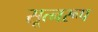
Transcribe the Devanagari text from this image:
सूत्नरूप